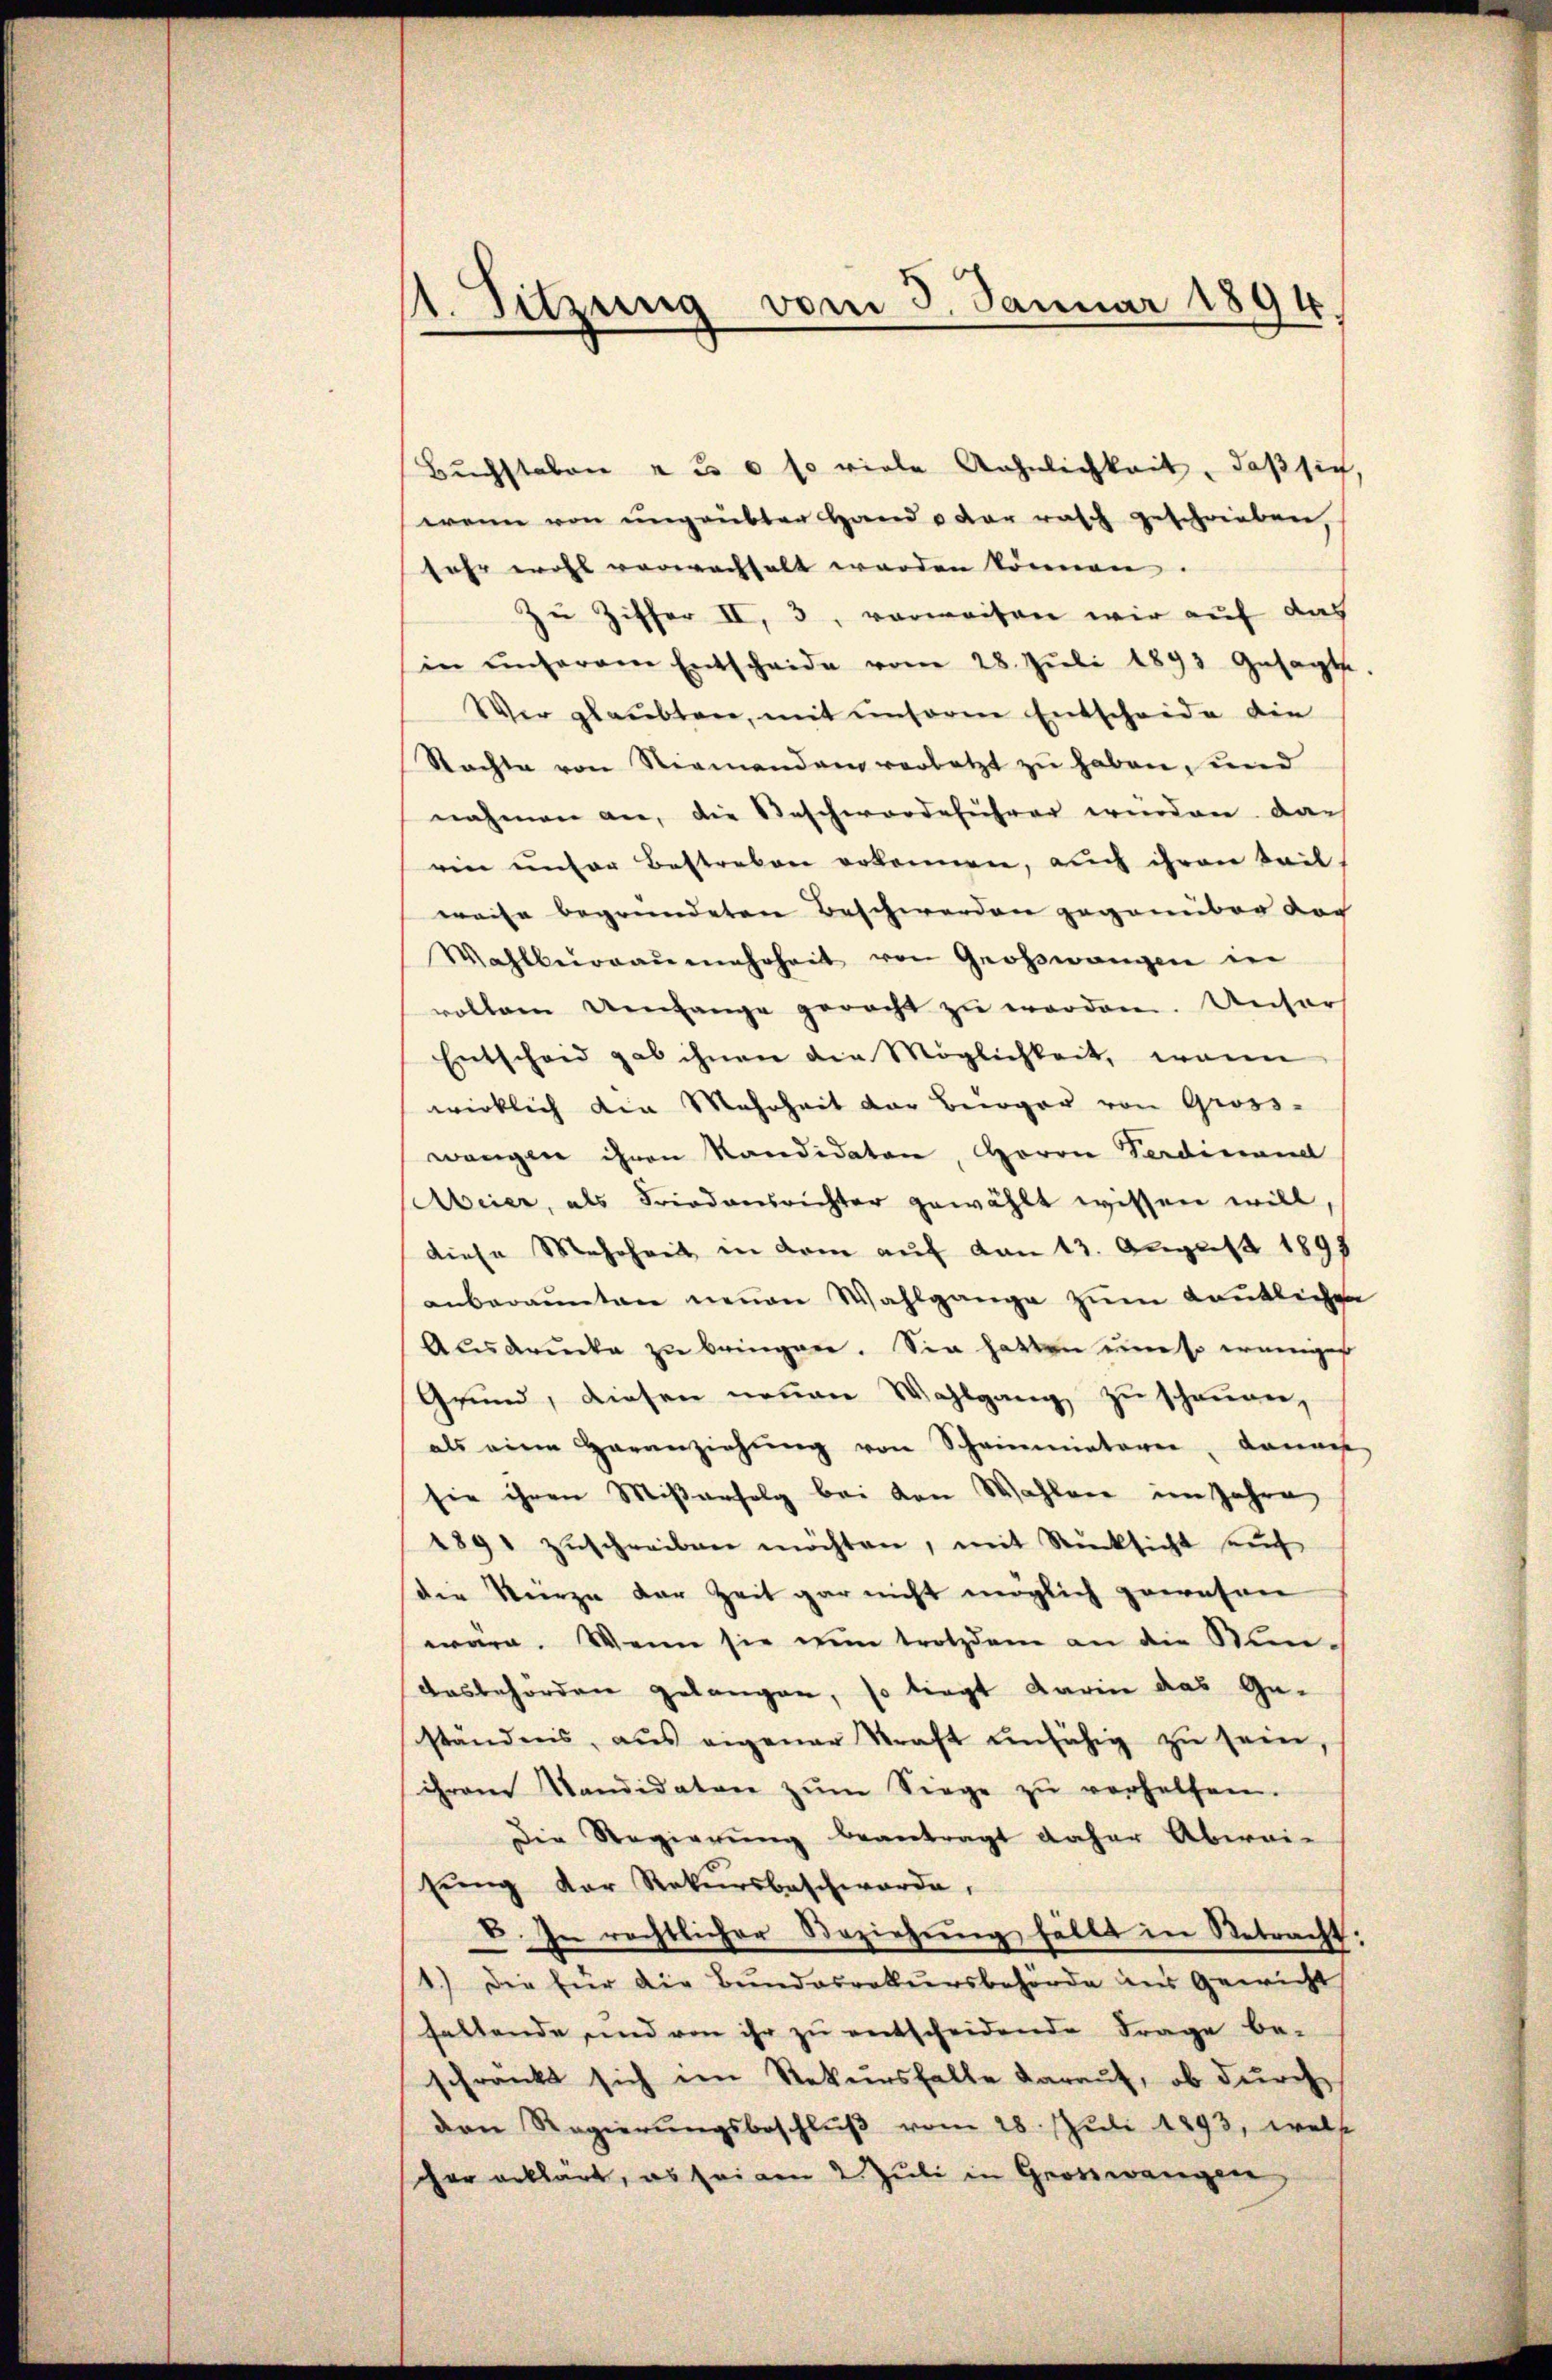
1. Sitzung vom 3. Januar 1894

Buchstaben zu so viele Aehnlichkeit, daß sich
wenn von ungeübter Hand & der rasch geschrieben,
fahr wohl verwachhalt werden können.
Zu Ziffer II, 3, verweisen wir auf das
in ŭnserem Entscheide vom 28. Jŭli 1893 Gesagte
Wer glaubten, mit unserm Entscheide die
Stachte von Niemandam verletzt zu haben, und
nahmen an, die Beschwerdeführer wurden. Das
ein unser Bestreben erkennen, auch ihren teil-
weise begründeten Beschwerden gegenüber der
Wahlbüreaŭmehrheit von Großwangen in
vollem Umfange geracht zu erordnen. Unter
Entscheid gab ihnen die Möglichkeit, wenn
wirklich die Mehrheit der Berger von Gross-
wangen ihren Kandidaten, Herrn Ferdinand
eier, als Friedensrichter gewählt wissen will,
diese Mehrheit in dem auf den 13. August 1895
anberannten neuen Wahlgange zum kanntlichen
Acusdrucke zu bringen. Sie hatten um so weniges
Grund, diesen neuen Wahlgang zu schengen,
als eine Heranziehung von Scheinmietarie, danach
sie ihren Mißerfolg bei den Wahlver im Jahre
1891 zŭschreiben möchten, mit Rücksicht auch
die Kurze der Zeit gar nicht möglich gewesen
wäre. Wenn sie nun trotzdem an die Stundesbehörden gelangen, so liegt darin das Geständnis, aus eigener Kraft unfähig zu sein,
ihrem Kandidaten zŭm Siege zŭ verhelfen.
Die Regierung beantragt daher Abwei-
sŭng der Rekursbeschwerde.
E. In rechtlicher Beziehŭng fällt in Betracht:
1.) Die für die Bundesrekursbehörde aus Gewicht
haltende und von ihr zu entscheidende Frage be-
schränkt sich im Rekursfalle darauf, ob durch
den Regierŭngsbeschlŭβ vom 28. Juli 1893, wels
cher erklärt, es seinen 2. Jŭli in Georswangen